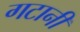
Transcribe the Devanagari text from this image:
गटानी